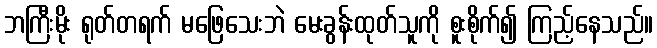
ဘကြီးမိုး ရုတ်တရက် မဖြေသေးဘဲ မေးခွန်းထုတ်သူကို စူးစိုက်၍ ကြည့်နေသည်။